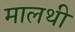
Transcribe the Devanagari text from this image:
मालथी